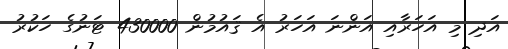
އަދި މި އަހަރާއި އަންނަ އަހަރު އެ ޤައުމުން 430000 ޓަނުގެ ހަކުރު